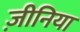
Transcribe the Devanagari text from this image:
ज़ीनिया